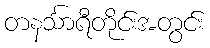
တနင်္သာရီတိုင်းအတွင်း